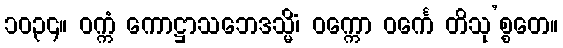
၁၀၃၄။ ဝက္ကံ ကောဋ္ဌာသဘေဒသ္မိံ၊ ဝက္ကော ဝင်္ကေ တိသု’စ္စတေ။